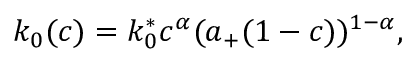
k _ { 0 } ( c ) = k _ { 0 } ^ { * } c ^ { \alpha } ( a _ { + } ( 1 - c ) ) ^ { 1 - \alpha } ,